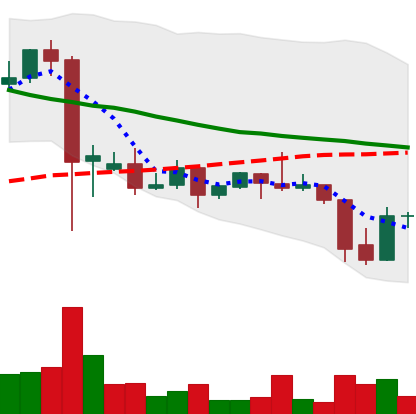
Ticker: DOGE-USD
Chart end date: 2021-09-23
Forward return: -12.466%
Label: down_7plus